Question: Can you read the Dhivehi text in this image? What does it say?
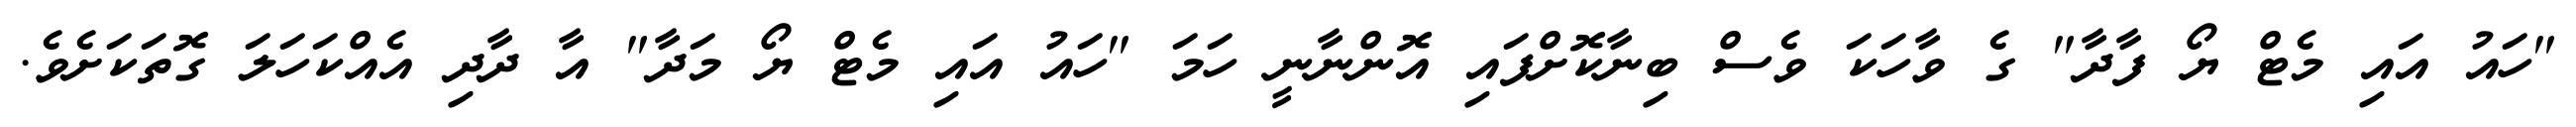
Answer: "ހައު އައި މެޓް ޔޯ ފާދާ" ގެ ވާހަކަ ވެސް ބިނާކޮށްފައި އޮންނާނީ ހަމަ "ހައު އައި މެޓް ޔޯ މަދާ" އާ ދާދި އެއްކަހަލަ ގޮތަކަށެވެ.